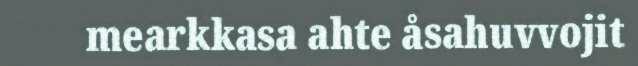
mearkkasa ahte åsahuvvojit